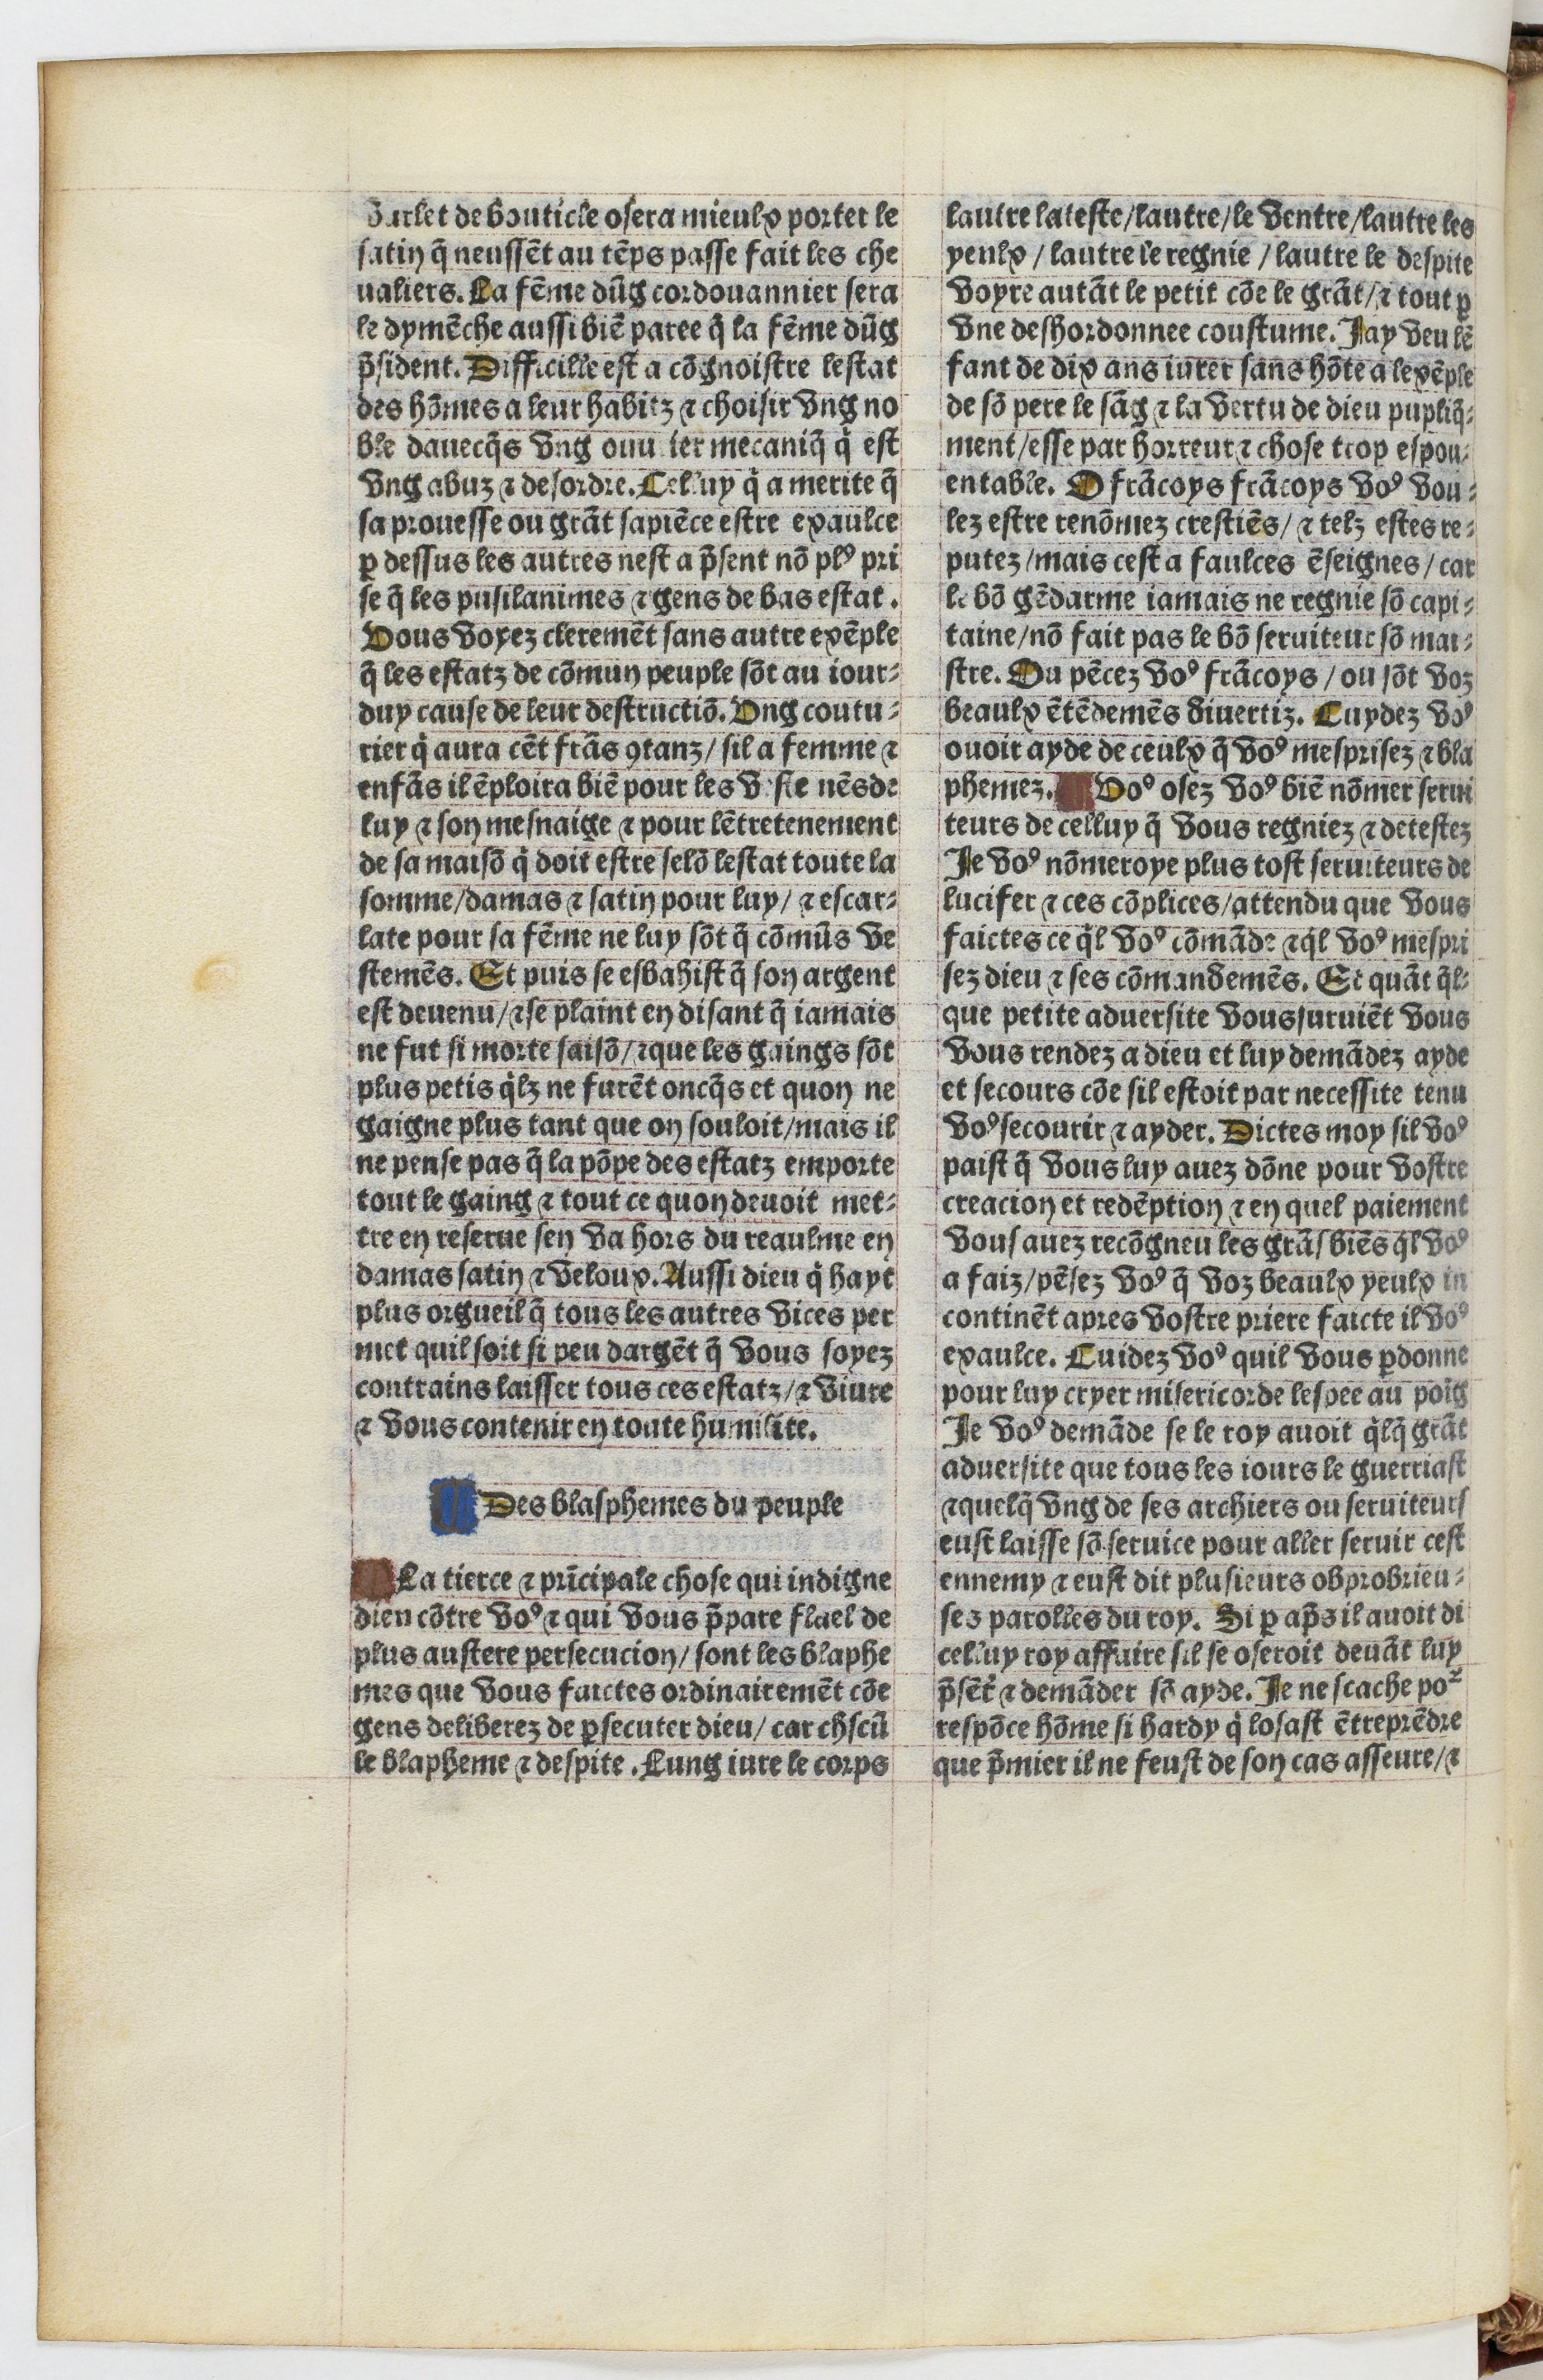
Shelfmark: Paris, BnF, Velins 1103
Century: 16